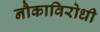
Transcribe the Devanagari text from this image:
नौकाविरोधी